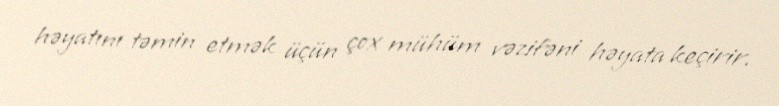
həyatını təmin etmək üçün çox mühüm vəzifəni həyata keçirir.